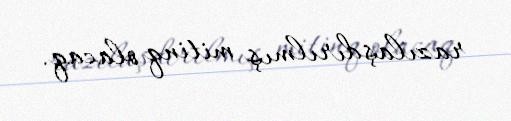
razılaşdırılmış mitinq olacaq.